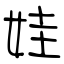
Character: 娃